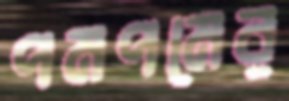
পমপমের